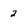
Character: 2